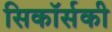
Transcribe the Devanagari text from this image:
सिकॉर्सकी